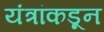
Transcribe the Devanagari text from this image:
यंत्रांकडून